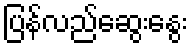
ပြန်လည်ဆွေးနွေး